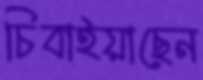
চিবাইয়াছেন